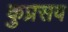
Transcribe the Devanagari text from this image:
कुप्रसव